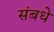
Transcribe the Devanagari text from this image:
संबधे